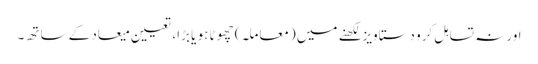
اور نہ تسا ہل کرو دستاویز لکھنے میں (معاملہ) چھوٹا ہو یا بڑا، تعیینِ میعاد کے ساتھ ۔